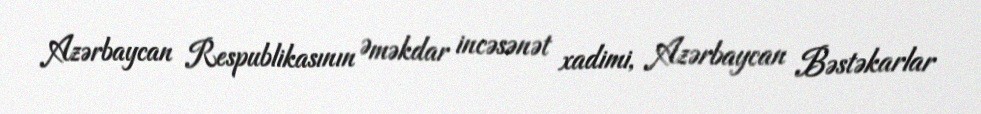
Azərbaycan Respublikasının Əməkdar incəsənət xadimi, Azərbaycan Bəstəkarlar